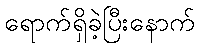
ရောက်ရှိခဲ့ပြီးနောက်